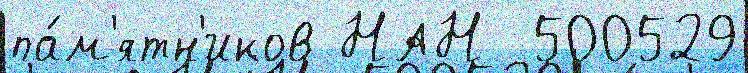
па́м'ятн'иков НАН  500529